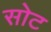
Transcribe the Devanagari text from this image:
सोट